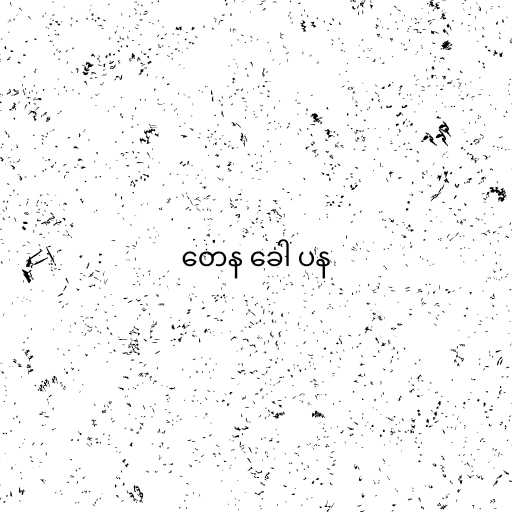
တေန ခေါ ပန